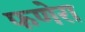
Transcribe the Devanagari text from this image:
फणेरा